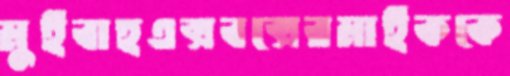
মুইবাহএক্সবক্সেরমাইককে